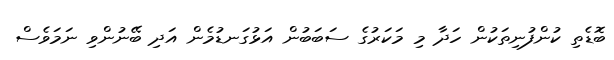
ބޮޑެތި ކުންފުނިތަކުން ހަދާ މި މަކަރުގެ ސަބަބުން އަޅުގަނޑުމެން އަދި ބޭނުންވި ނަމަވެސް